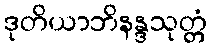
ဒုတိယာဘိနန္ဒသုတ္တံ